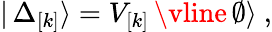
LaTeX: |\, \Delta_{\lbrack k\rbrack}\rangle=V_{\lbrack k\rbrack}\, \vline\, \emptyset\rangle~,